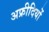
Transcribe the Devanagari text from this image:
अफ्रीदियों